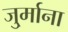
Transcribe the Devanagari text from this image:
जु्र्माना